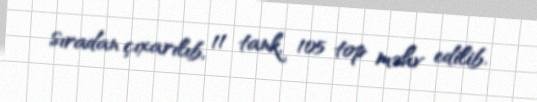
sıradan çıxarılıb, 11 tank, 105 top məhv edilib.